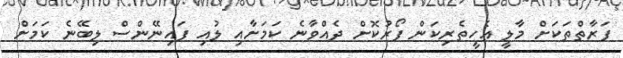
ފަރާތްތަކަށް މާލީ އެހީތެރިކަން ފޯރުކޮށް ދެއްވާނެ ކަމަށާއި ލުއި ފައިނޭންސް ލިބޭނެ ކަމަށް